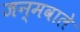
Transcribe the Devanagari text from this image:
जन्मवाले